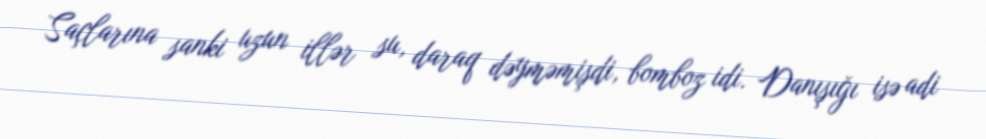
Saçlarına sanki uzun illər su, daraq dəyməmişdi, bomboz idi. Danışığı isə adi